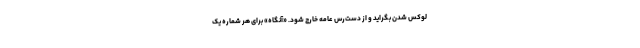
لوکس شدن بگراید و از دست‌رس عامه خارج شود. «آنگاه» برای هر شماره یک